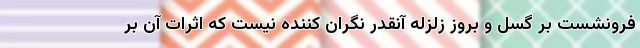
فرونشست بر گسل و بروز زلزله آنقدر نگران کننده نیست که اثرات آن بر